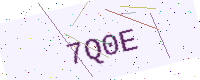
Text: 7Q0E